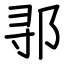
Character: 𬩽